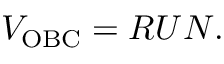
\begin{array} { r } { V _ { \mathrm { O B C } } = R U N . } \end{array}